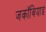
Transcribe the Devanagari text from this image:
जकॉबियाइ